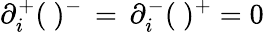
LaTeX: \partial_{i}^{+}(\ )^{-}\, =\, \partial_{i}^{-}(\ )^{+}=0